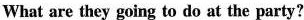
What are they going to do at the party?